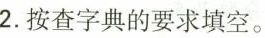
2.按查字典的要求填空。